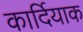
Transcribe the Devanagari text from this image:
कार्दियाक